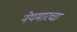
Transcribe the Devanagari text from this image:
नेयमारचा